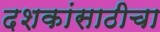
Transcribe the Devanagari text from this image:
दशकांसाठीचा